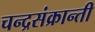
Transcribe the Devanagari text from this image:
चन्द्रसंक्रान्ती